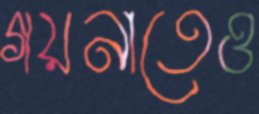
গয়নাতেও